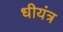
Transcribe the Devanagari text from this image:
धीयंत्र